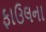
ફાઉલના